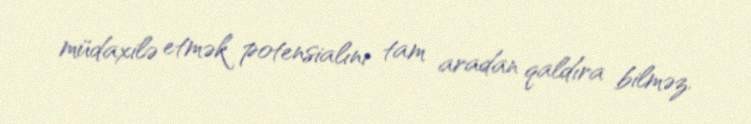
müdaxilə etmək potensialını tam aradan qaldıra bilməz.